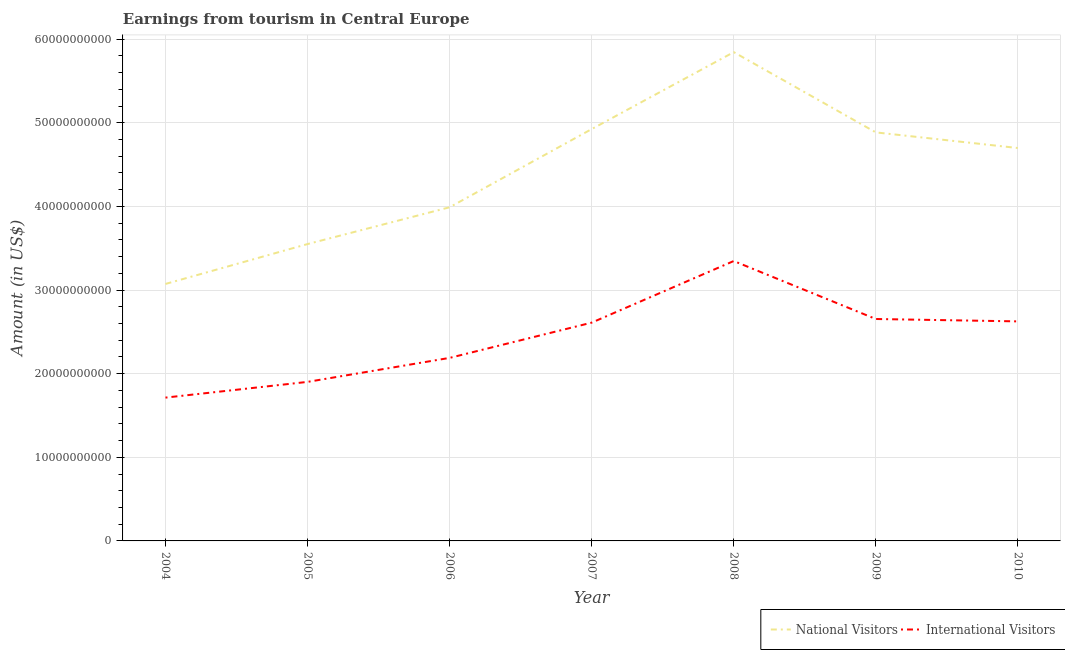
| Year | National Visitors | International Visitors |
 | --- | --- | --- |
 | 2004 | 3.07e+10 | 1.71e+10 |
 | 2005 | 3.55e+10 | 1.9e+10 |
 | 2006 | 3.99e+10 | 2.19e+10 |
 | 2007 | 4.92e+10 | 2.61e+10 |
 | 2008 | 5.84e+10 | 3.35e+10 |
 | 2009 | 4.89e+10 | 2.65e+10 |
 | 2010 | 4.7e+10 | 2.63e+10 |